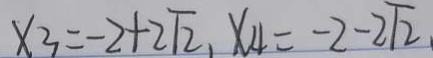
x _ { 3 } = - 2 + 2 \sqrt { 2 } , x _ { 4 } = - 2 - 2 \sqrt { 2 }